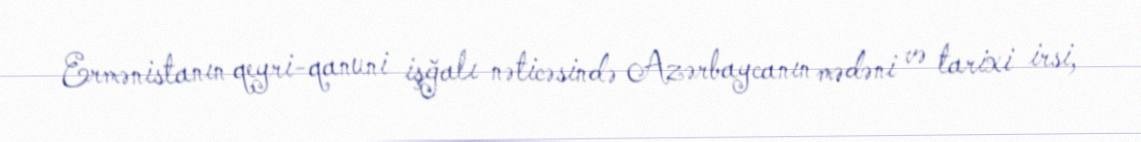
Ermənistanın qeyri-qanuni işğalı nəticəsində Azərbaycanın mədəni və tarixi irsi,